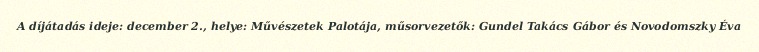
A díjátadás ideje: december 2., helye: Művészetek Palotája, műsorvezetők: Gundel Takács Gábor és Novodomszky Éva